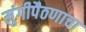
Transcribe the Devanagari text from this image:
मुंगीपैठणाचा